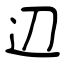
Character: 辺